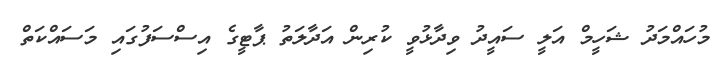
މުހައްމަދު ޝަހީމް އަލީ ސައީދު ވިދާޅުވީ ކުރިން އަދާލަތު ޕާޓީގެ އިސްސަފުގައި މަސައްކަތް